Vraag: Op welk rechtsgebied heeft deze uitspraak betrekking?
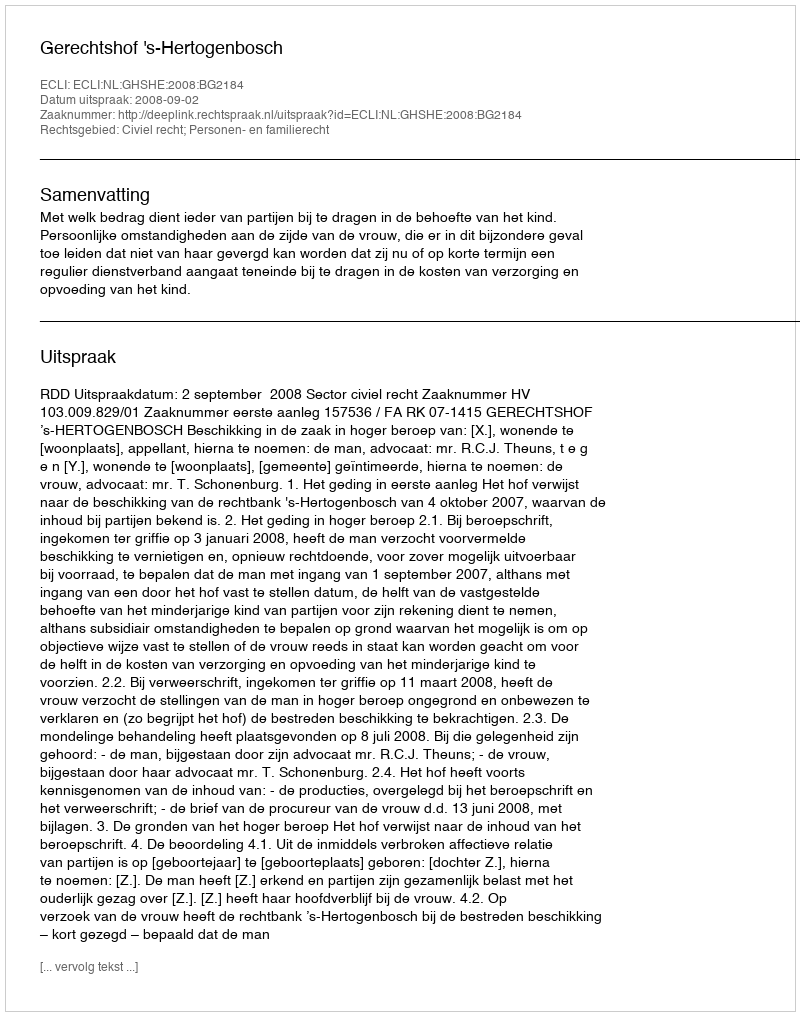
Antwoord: Civiel recht; Personen- en familierecht